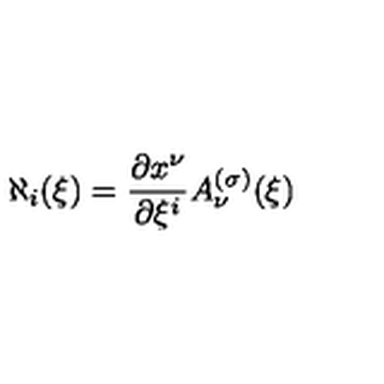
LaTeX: \aleph _ { i } ( \xi ) = { \frac { \partial x ^ { \nu } } { \partial \xi ^ { i } } } A _ { \nu } ^ { ( \sigma ) } ( \xi )